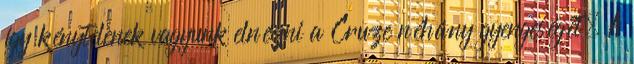
így kénytelenek vagyunk elnézni a Cruze néhány gyengeségét. A